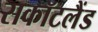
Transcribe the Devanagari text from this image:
सकॉटलैंड